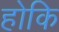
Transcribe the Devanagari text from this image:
होकि